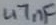
Text: 47nF